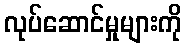
လုပ်ဆောင်မှုများကို